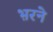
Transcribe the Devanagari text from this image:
भ़रने